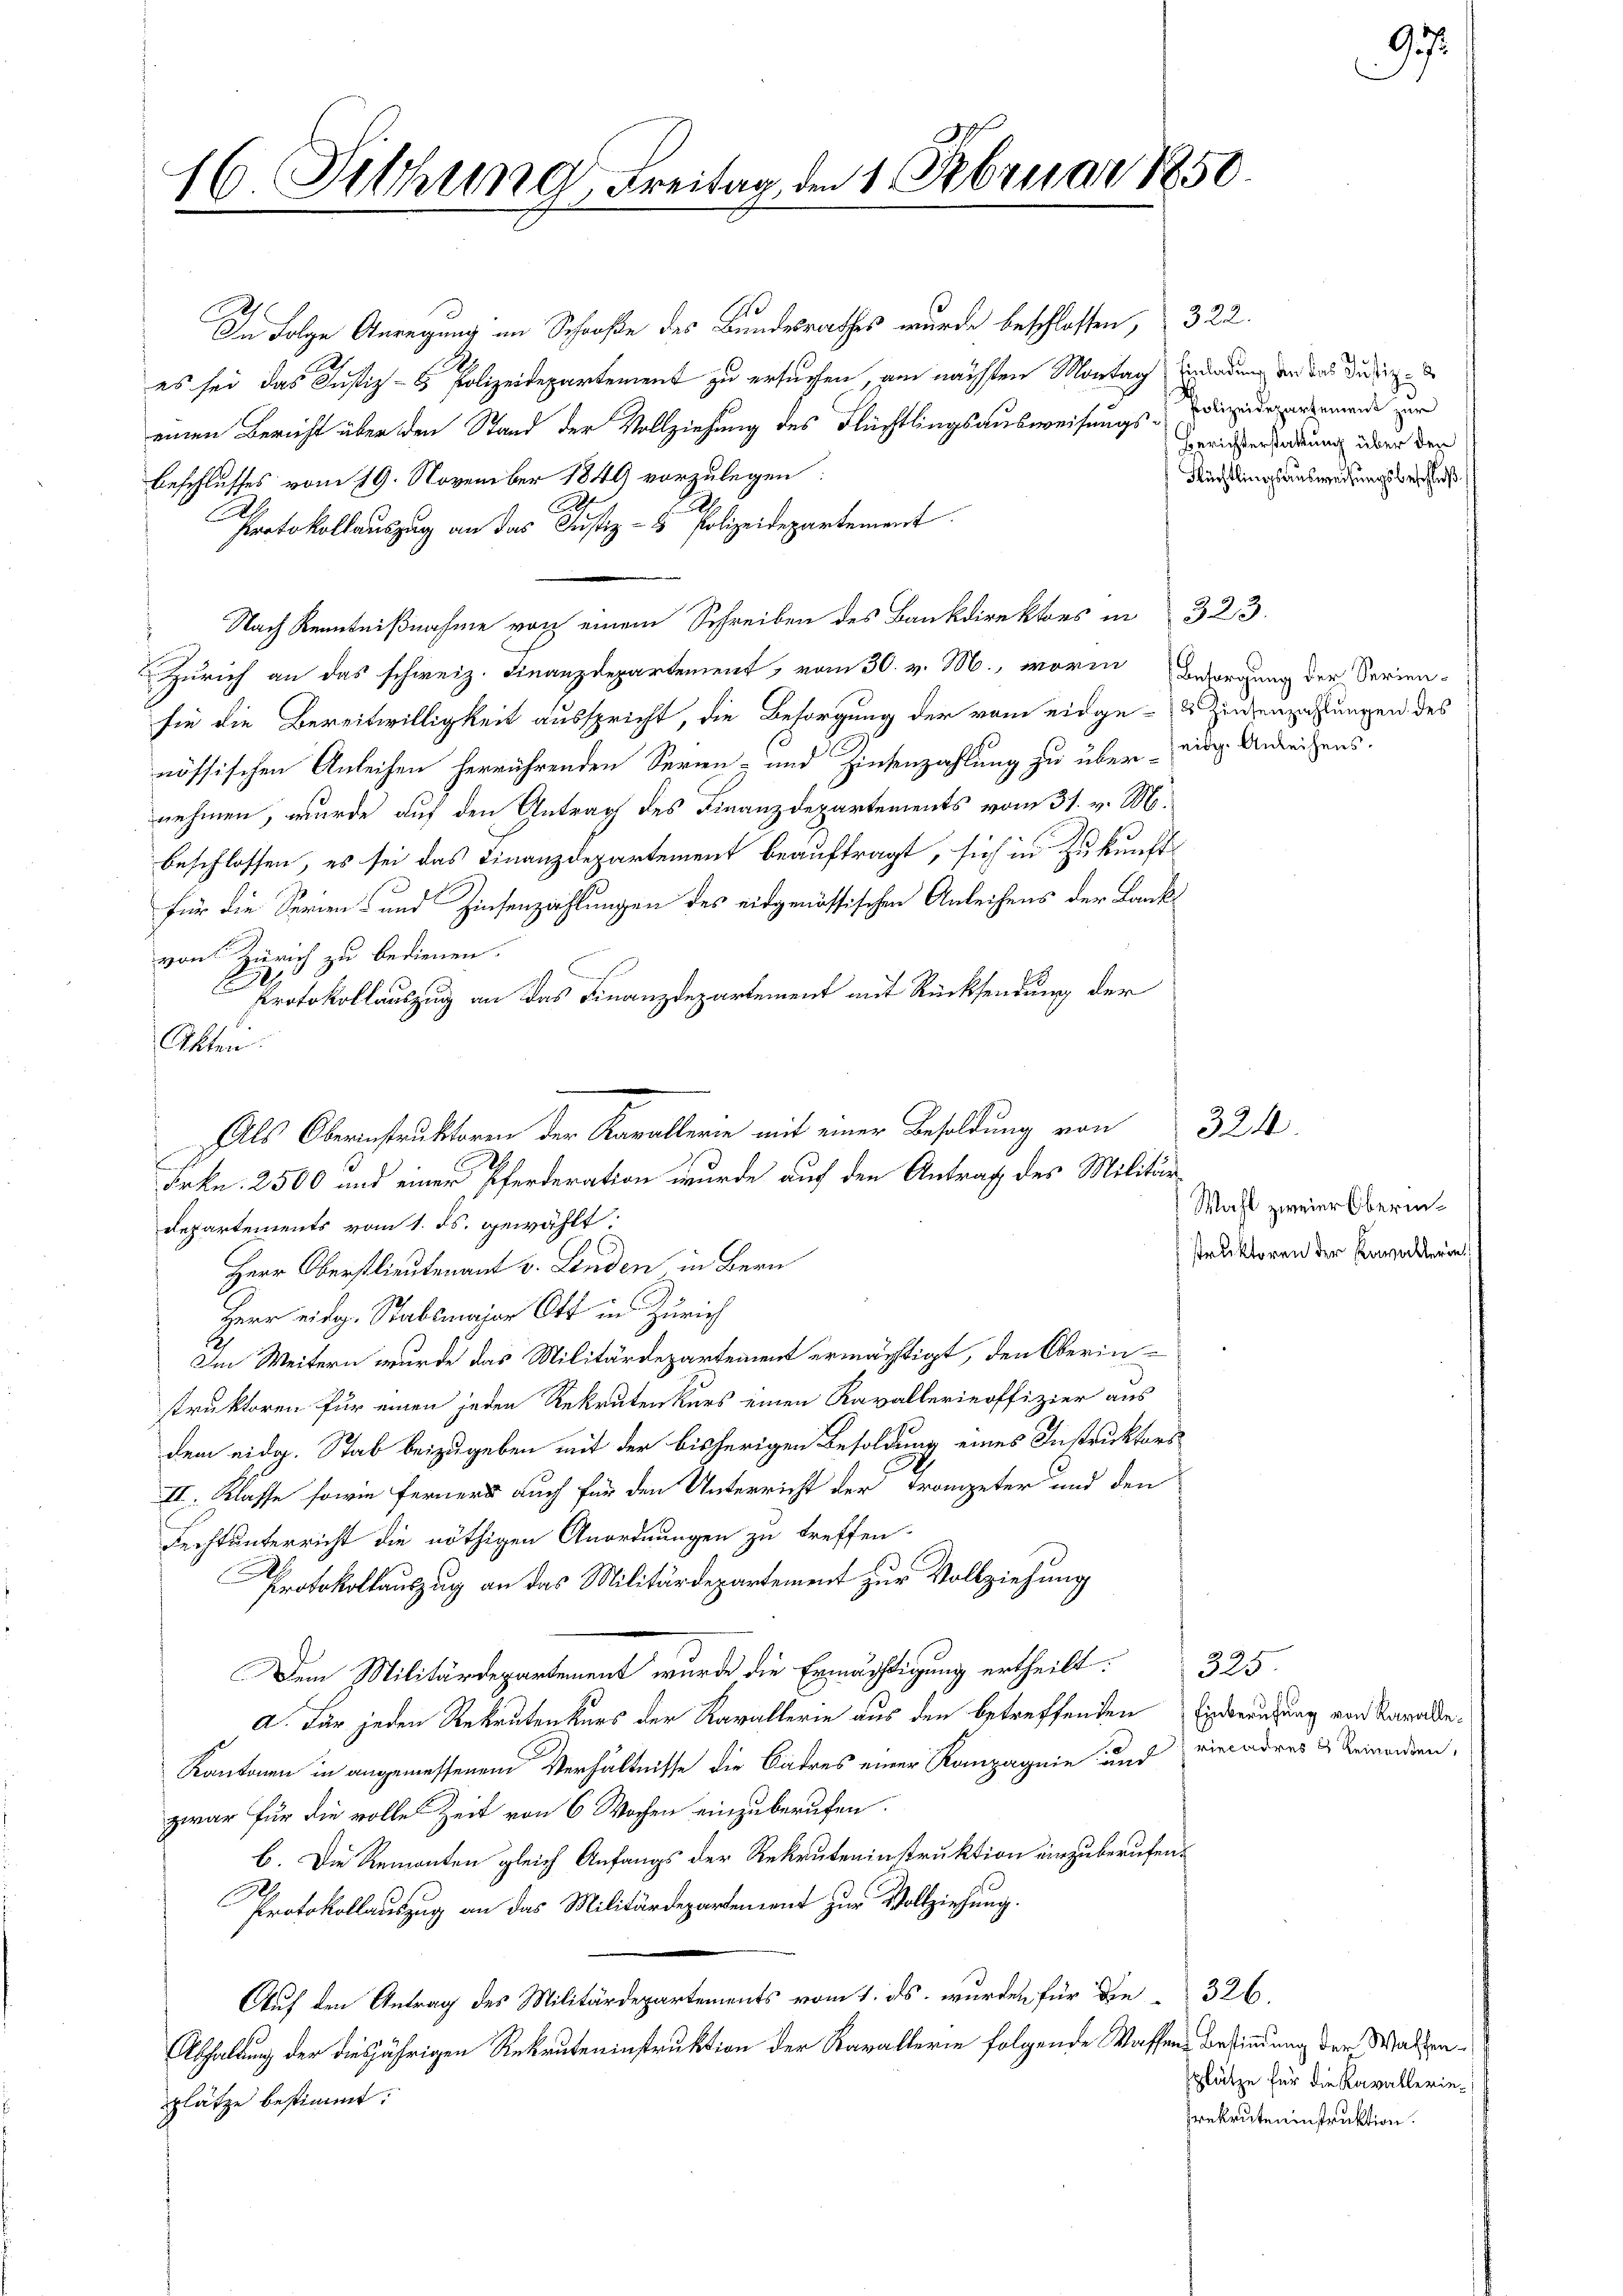
E

16. Aug Freitag den 1 Februar 1850
e

In Folge Anregung in Schoße des Bundesrathes wurde beschlossen, 322.
es sei das Justiz- & Polizeidepartement zu ersuchen, am nächsten Montag Einladung an der Dirig
einen Bericht über den Stand der Vollziehung des Flüchtlingsausweisungs-Kinderarmende zur
Beschlusses vom 19. November 1849 vorzulegen
Con
Protokollauszug an das Justiz- & Polizeidepartement
 Nach Kenntnißnahme von einem Schreiben des Bankdirektors in 323.
 Zürich an das schweiz. Finanzdepartement, vom 30. v. M., worin Besorgung der Serien-
sie die Bereitwilligkeit ausspricht, die Besorgung der vom eidge-Zinsenzahlungen des
nössischen Anleihen herrührenden Serien- und Hintenzahlung zu über ein Anleihens.
nehmen, wurde auf den Antrag des Finanzdepartements vom 31. v. M.
beschlossen, es sei das Finanzdepartement beauftragt, sich in Zukunft
für die Serien- und Zinsenzahlungen des eidgenössischen Anleihens der Bankvon Zürich zu bedienen.
E
Protokollauszug an das Finanzdepartement mit Rücksendung der
Akten.

Departements vom 1. ds. gewählt:
Herr Oberstlieutenant v. Linden in Bern
Herr eidg. Stabsmajor Ott in Zürich
Im Weitern wurde das Militärdepartement ermächtigt, den Oberinstruktoren für einen jeden Rekrutenkurs einen Kavallerieoffizier aus
dem eidg. Stab beizugeben mit der bisherigen Besoldung eines Instruktors
II. Klasse sowie ferner auch für den Unterricht der Trompeter und den
Rechtunterricht die nöthigen Anordnungen zu treffen-
Protokollauszug an das Militärdepartement zur Vollziehung
Dem Militärdepart wurde die Ermächtigung ertheilt. 325
a. Für jeden Rekrutenkurs der Kavallerie aus den betreffenden Einberufung von Karade¬
Kantonen in angemessenem Verhältnisse die Badres einer Kompagnie und viendres & bemerden,
zwar für die volle Zeit von 6 Wochen einzuberufen.
b. Die Remonten gleich Anfangs der Rekruteninstruktion einzuberufen.
Protokollauszug an das Militärdepartement zur Vollziehung.
Auf den Antrag des Militärdepartements vom 1. ds. wurden für die 326.
Abhaltung der diesjährigen Rekruteninstruktion der Kavallerin folgende Waffene Befindung der Waltenplätze bestimmt:

Als Oberinstruktoren der Kavallerie mit einer Besoldung von
Frkn. 2500 und einer Pferderation wurde auf den Antrag des Militär

Berichterstattung über den
Nüchtlingsausweisungsbeschluß

Wahl zweier Oberinstruktoren der Kavallerin

324.

97.

plätze für die Kavallerierekruteninstruktion.